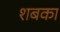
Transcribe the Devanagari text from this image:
शबका